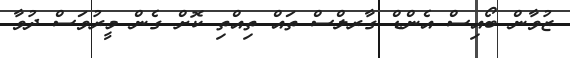
ޒުވާން ބޯއިސް އެންޑް ގާރލްސް ތައް ތިއްތި ކޮށް ގެން މީރުވަސް ދުވާ